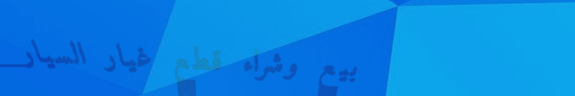
بيع وشراء قطع غيار السيار